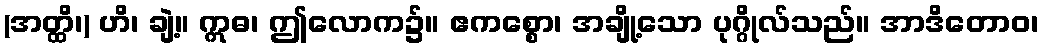
(အတ္ထိ၊) ဟိ၊ ချဲ့။ ဣဓ၊ ဤလောက၌။ ဧကစ္စော၊ အချို့သော ပုဂ္ဂိုလ်သည်။ အာဒိတောဝ၊